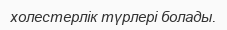
холестерлік түрлері болады.